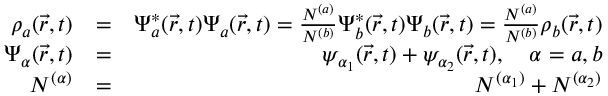
\begin{array} { r l r } { \rho _ { a } ( \vec { r } , t ) } & { = } & { \Psi _ { a } ^ { * } ( \vec { r } , t ) \Psi _ { a } ( \vec { r } , t ) = \frac { N ^ { ( a ) } } { N ^ { ( b ) } } \Psi _ { b } ^ { * } ( \vec { r } , t ) \Psi _ { b } ( \vec { r } , t ) = \frac { N ^ { ( a ) } } { N ^ { ( b ) } } \rho _ { b } ( \vec { r } , t ) } \\ { \Psi _ { \alpha } ( \vec { r } , t ) } & { = } & { \psi _ { \alpha _ { 1 } } ( \vec { r } , t ) + \psi _ { \alpha _ { 2 } } ( \vec { r } , t ) , \quad \alpha = a , b } \\ { N ^ { ( \alpha ) } } & { = } & { N ^ { ( \alpha _ { 1 } ) } + N ^ { ( \alpha _ { 2 } ) } } \end{array}